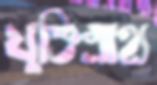
যুক্তিগ্রাহ্য